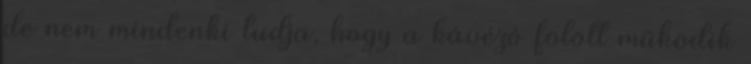
de nem mindenki tudja, hogy a kávézó fölött működik